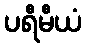
ပရီမီယံ